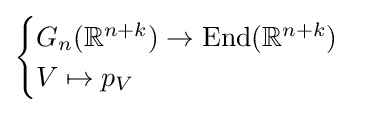
{\begin{cases}G_{n}(\mathbb {R} ^{n+k})\to \operatorname {End} (\mathbb {R} ^{n+k})\\V\mapsto p_{V}\end{cases}}